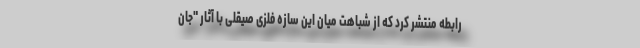
رابطه منتشر کرد که از شباهت میان این سازه فلزی صیقلی با آثار "جان